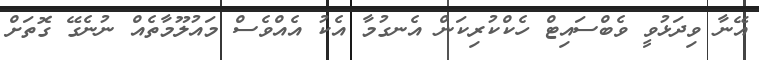
އޭނާ ވިދަޅުވީ ވެބްސައިޓް ހެކްކުރިކަން އެނގުމާ އެކު އެއްވެސް މައުލޫމާތެއް ނުނެގޭ ގޮތަށް